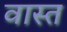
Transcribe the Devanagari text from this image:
वास्त